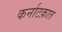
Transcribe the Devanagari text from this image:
कर्नाटक़ात